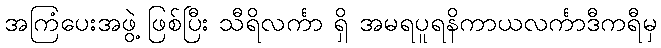
အကြံပေးအဖွဲ့ ဖြစ်ပြီး သီရိလင်္ကာ ရှိ အမရပူရနိကာယလင်္ကာဒီကရီမှ